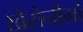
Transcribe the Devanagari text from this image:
खेरोनीमो